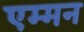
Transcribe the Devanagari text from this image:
एम्मन